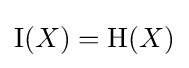
\operatorname {I} (X)=\mathrm {H} (X)